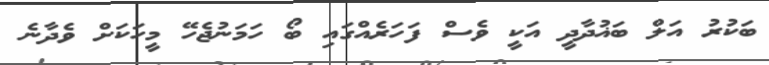
ބަކުރު އަލް ބަޣުދާދީ އަކީ ވެސް ފަހަރެއްގައި ބޯ ހަމަނުޖެހޭ މީހަކަށް ވެދާނެ